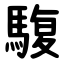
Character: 䮡